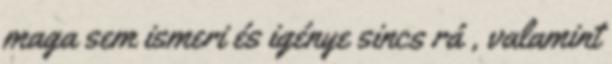
maga sem ismeri és igénye sincs rá , valamint